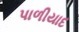
પાળીયાદ